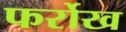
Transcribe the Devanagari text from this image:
फर्रोख